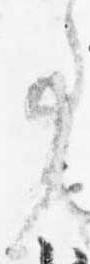
事